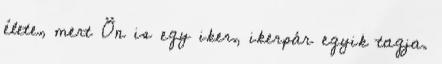
élete, mert Ön is egy iker, ikerpár egyik tagja.